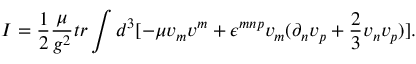
I = \frac { 1 } { 2 } \frac { \mu } { g ^ { 2 } } t r \int d ^ { 3 } [ - \mu v _ { m } v ^ { m } + \epsilon ^ { m n p } v _ { m } ( \partial _ { n } v _ { p } + \frac { 2 } { 3 } v _ { n } v _ { p } ) ] .